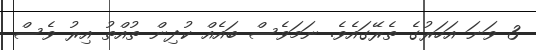
3 ވަނަ އަހަރުގެ ތެރޭގައެވެ. ނަމަވެސް ބައެއް ކުދިން ތުއްތު އިރު ވެސް